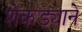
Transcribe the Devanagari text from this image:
शेकड्याने